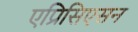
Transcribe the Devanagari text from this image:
एप्रिसिएसन